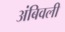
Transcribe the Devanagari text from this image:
अंबिवली